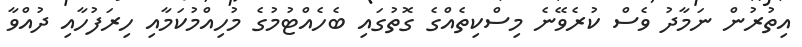
އިތުރުން ނަމާދު ވެސް ކުރެވޭނެ މިސްކިތެއްގެ ގޮތުގައި ބެހެއްޓުމުގެ މުހިއްމުކަމާއި ހިރަފުހާއި ދުއްވާ